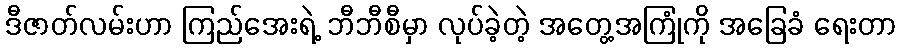
ဒီဇာတ်လမ်းဟာ ကြည်အေးရဲ့ ဘီဘီစီမှာ လုပ်ခဲ့တဲ့ အတွေ့အကြုံကို အခြေခံ ရေးတာ